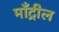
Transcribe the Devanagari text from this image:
माँट्रील